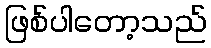
ဖြစ်ပါတော့သည်